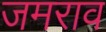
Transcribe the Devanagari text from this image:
जमराव